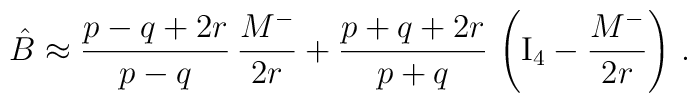
\hat B \approx {p -q +2r \over p-q} \, {M^- \over 2r}   + {p +q +2r \over p+q} \,\left({\rm I}_4- {M^- \over 2r}\right) \, .